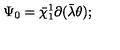
\Psi _ { 0 } = \bar { \chi } _ { 1 } ^ { 1 } \partial ( \bar { \lambda } \theta ) ;